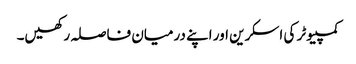
کمپیوٹر کی اسکرین اور اپنے درمیان فاصلہ رکھیں۔